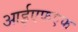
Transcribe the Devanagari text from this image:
आईएफएफ